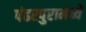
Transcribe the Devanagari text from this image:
पंढरपुरामध्ये